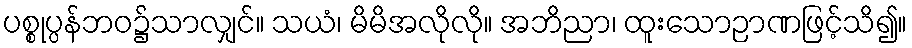
ပစ္စုပ္ပန်ဘဝ၌သာလျှင်။ သယံ၊ မိမိအလိုလို။ အဘိညာ၊ ထူးသောဉာဏဖြင့်သိ၍။